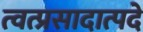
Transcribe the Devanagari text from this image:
त्वत्प्रसादात्पदे